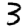
Digit: 3